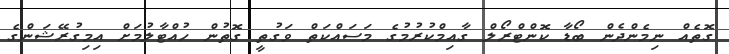
ގޮތެއް ނިމެންދެން ބޯޑާ ކޮންޓްރޯލް ގާއިމްކުރުމުގެ މަސައްކަތް ވަގުތީ ގޮތުން ހުއްޓާލުމަށް އިމިގުރޭޝަންގެ